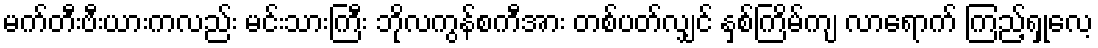
မက်တီးဗီးယားကလည်း မင်းသားကြီး ဘိုလကွန်စကီအား တစ်ပတ်လျှင် နှစ်ကြိမ်ကျ လာရောက် ကြည့်ရှုလေ့